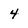
Character: 4